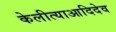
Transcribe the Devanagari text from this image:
केलीत्याआदिदेव